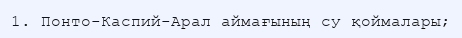
1. Понто-Каспий-Арал аймағының су қоймалары;